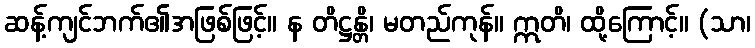
ဆန့်ကျင်ဘက်၏အဖြစ်ဖြင့်။ န တိဋ္ဌန္တိ၊ မတည်ကုန်။ ဣတိ၊ ထို့ကြောင့်။ (သာ၊